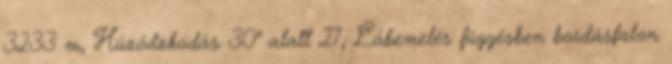
3233 m, Húzódzkodás 30" alatt 27, Lábemelés függésben bordásfalon